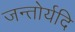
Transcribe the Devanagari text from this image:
जन्तोर्यदि